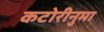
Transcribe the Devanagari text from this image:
कटोरीनुमा